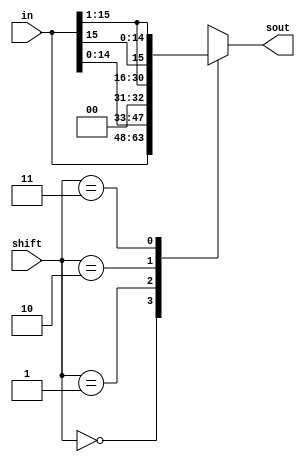
module shifter(in, shift, sout);
    input [15:0] in;
    input [1:0] shift;
    output reg [15:0] sout;

    always@(*)begin
        case(shift)
            2'b00 : sout = in;
            2'b01 : sout = {in[14:0], 1'b0};
            2'b10 : sout = {1'b0, in[15:1]};
            2'b11 : sout = {in[15], in[15:1]};
        endcase
    end
endmodule